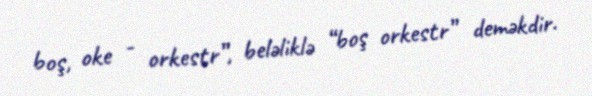
boş, oke - orkestr”, beləliklə “boş orkestr” deməkdir.